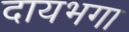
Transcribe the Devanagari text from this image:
दायभगा